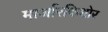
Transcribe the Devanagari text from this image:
मार्जारकिशोर